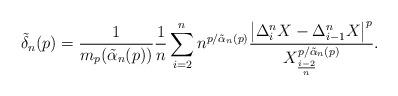
LaTeX: \begin{align*} \tilde{\delta}_{n}( p) = \frac{1}{m_p(\tilde{\alpha}_{n}(p))} \frac{1}{n} \sum_{i=2}^n n^{p/ \tilde{\alpha}_{n}(p)} \frac{\left| \Delta_i^n X - \Delta_{i-1}^n X\right|^{p}}{X_{\frac{i-2}{n}}^{p/ \tilde{\alpha}_{n}(p)}}.\end{align*}